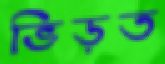
ভিড়ত